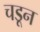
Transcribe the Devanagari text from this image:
चडून